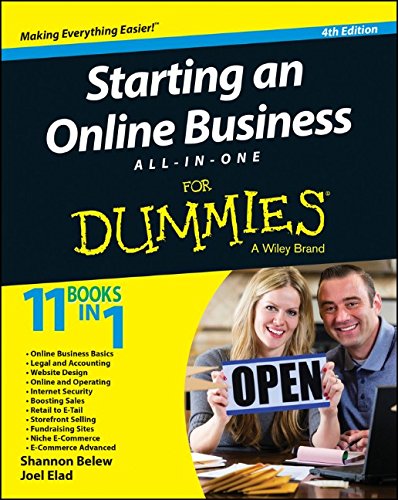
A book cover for Starting an Online Business All-in-One For Dummies (For Dummies (Business & Personal Finance)); Shannon Belew; Business & Money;